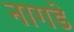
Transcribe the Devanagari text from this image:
नागडे